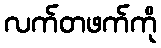
လက်တဖက်ကို